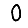
Digit: 0